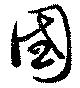
國